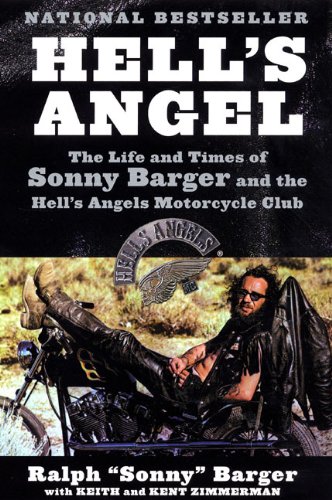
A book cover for Hell's Angel: The Life and Times of Sonny Barger and the Hell's Angels Motorcycle Club; Sonny Barger; Biographies & Memoirs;